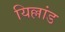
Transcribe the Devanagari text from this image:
यिल्लांड